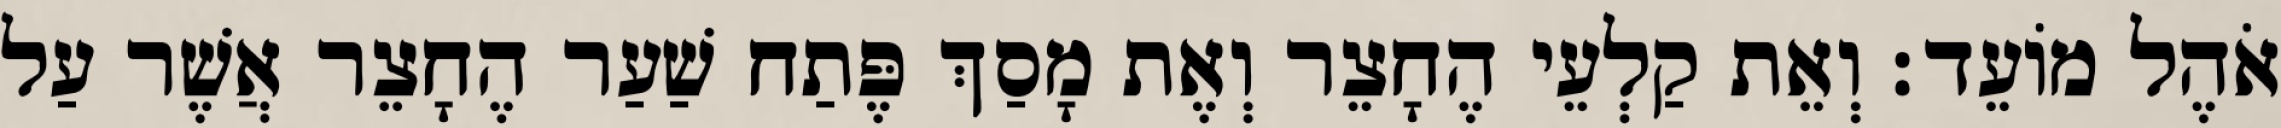
אֹהֶל מוֹעֵד׃ וְאֵת קַלְעֵי הֶחָצֵר וְאֶת מָסַךְ פֶּתַח שַׁעַר הֶחָצֵר אֲשֶׁר עַל